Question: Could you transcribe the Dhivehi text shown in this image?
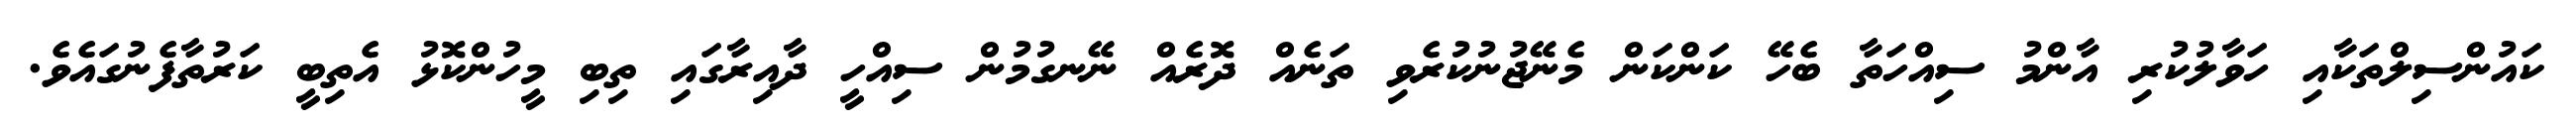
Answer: ކައުންސިލްތަކާއި ހަވާލުކުރި އާންމު ސިއްހަތާ ބެހޭ ކަންކަން މެނޭޖުނުކުރެވި ތަނެއް ދޮރެއް ނޭނގުމުން ސިއްހީ ދާއިރާގައި ތިބި މީހުންކޮޅު އެތިބީ ކަރުތާފެނުގައެވެ.